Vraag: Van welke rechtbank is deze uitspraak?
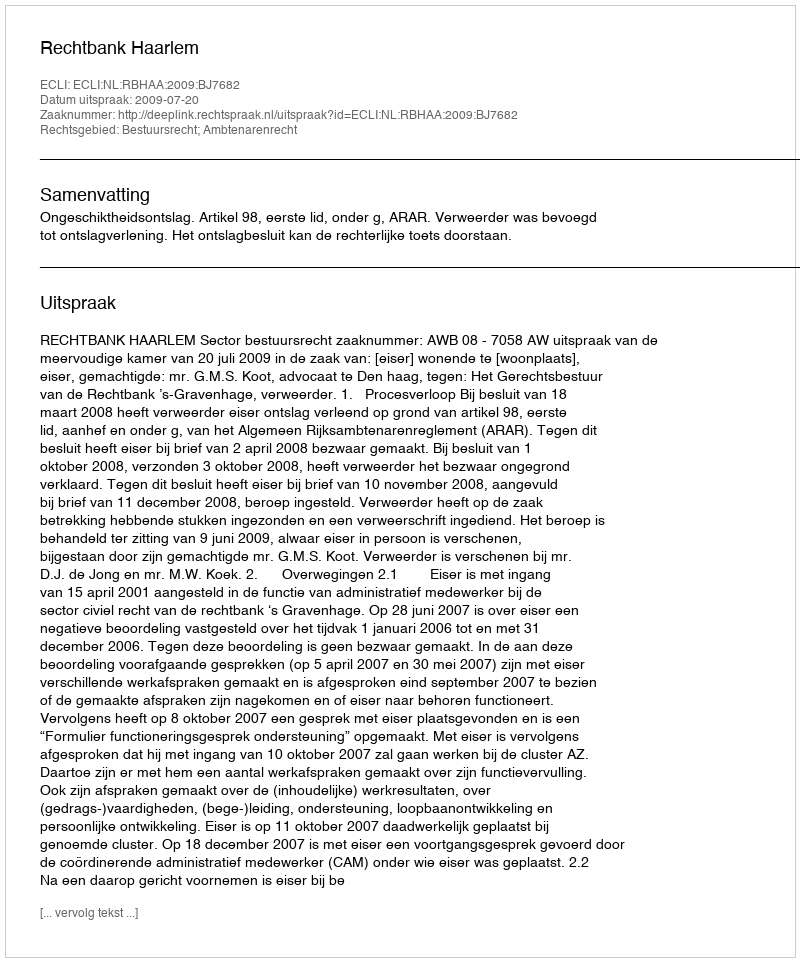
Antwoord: Rechtbank Haarlem